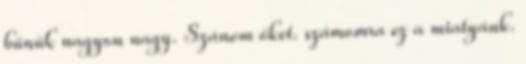
bűnük nagyon nagy. Szánom őket. számomra ez a miatyánk.